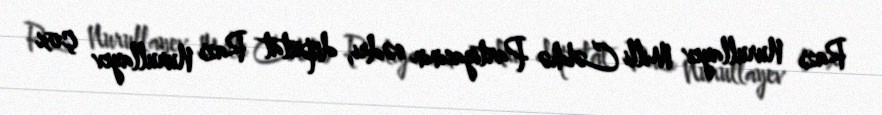
Razı Nurullayev Milli Cəbhə Partiyasının sədri, deputat Razı Nurullayev çox